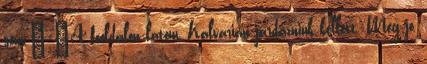
sem.” „A fooldalon latom, Kalvarian jardazniuk kellett. Meg jo,